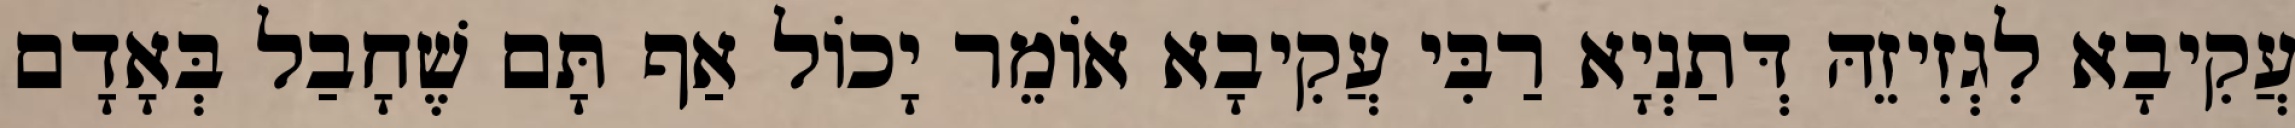
עֲקִיבָא לִגְזִיזֵהּ דְּתַנְיָא רַבִּי עֲקִיבָא אוֹמֵר יָכוֹל אַף תָּם שֶׁחָבַל בְּאָדָם